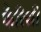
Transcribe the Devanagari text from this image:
फैरिसी